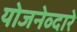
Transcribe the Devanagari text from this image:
योजनेव्दारे